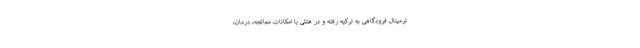
ترمینال فرودگاهی به ترکیه رفته و در هتلی با امکانات معالجه، درمان،